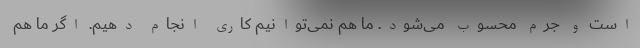
است و جرم محسوب می‌شود. ما هم نمی‌توانیم کاری انجام دهیم. اگر ما هم